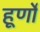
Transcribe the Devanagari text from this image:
हूर्णों